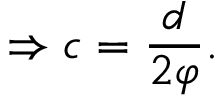
\Rightarrow c = { \frac { d } { 2 \varphi } } .